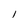
Character: I